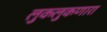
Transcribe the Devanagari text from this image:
लुकलुकणारा